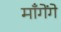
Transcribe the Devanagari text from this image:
माँगेंगे